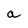
Character: a